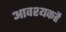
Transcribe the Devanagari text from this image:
आवश्यकहै